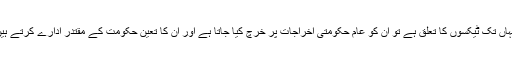
جہاں تک ٹیکسوں کا تعلق ہے تو ان کو عام حکومتی اخراجات پر خرچ کیا جاتا ہے اور ان کا تعین حکومت کے مقتدر ادارے کرتے ہیں۔